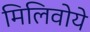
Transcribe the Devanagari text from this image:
मिलिवोये